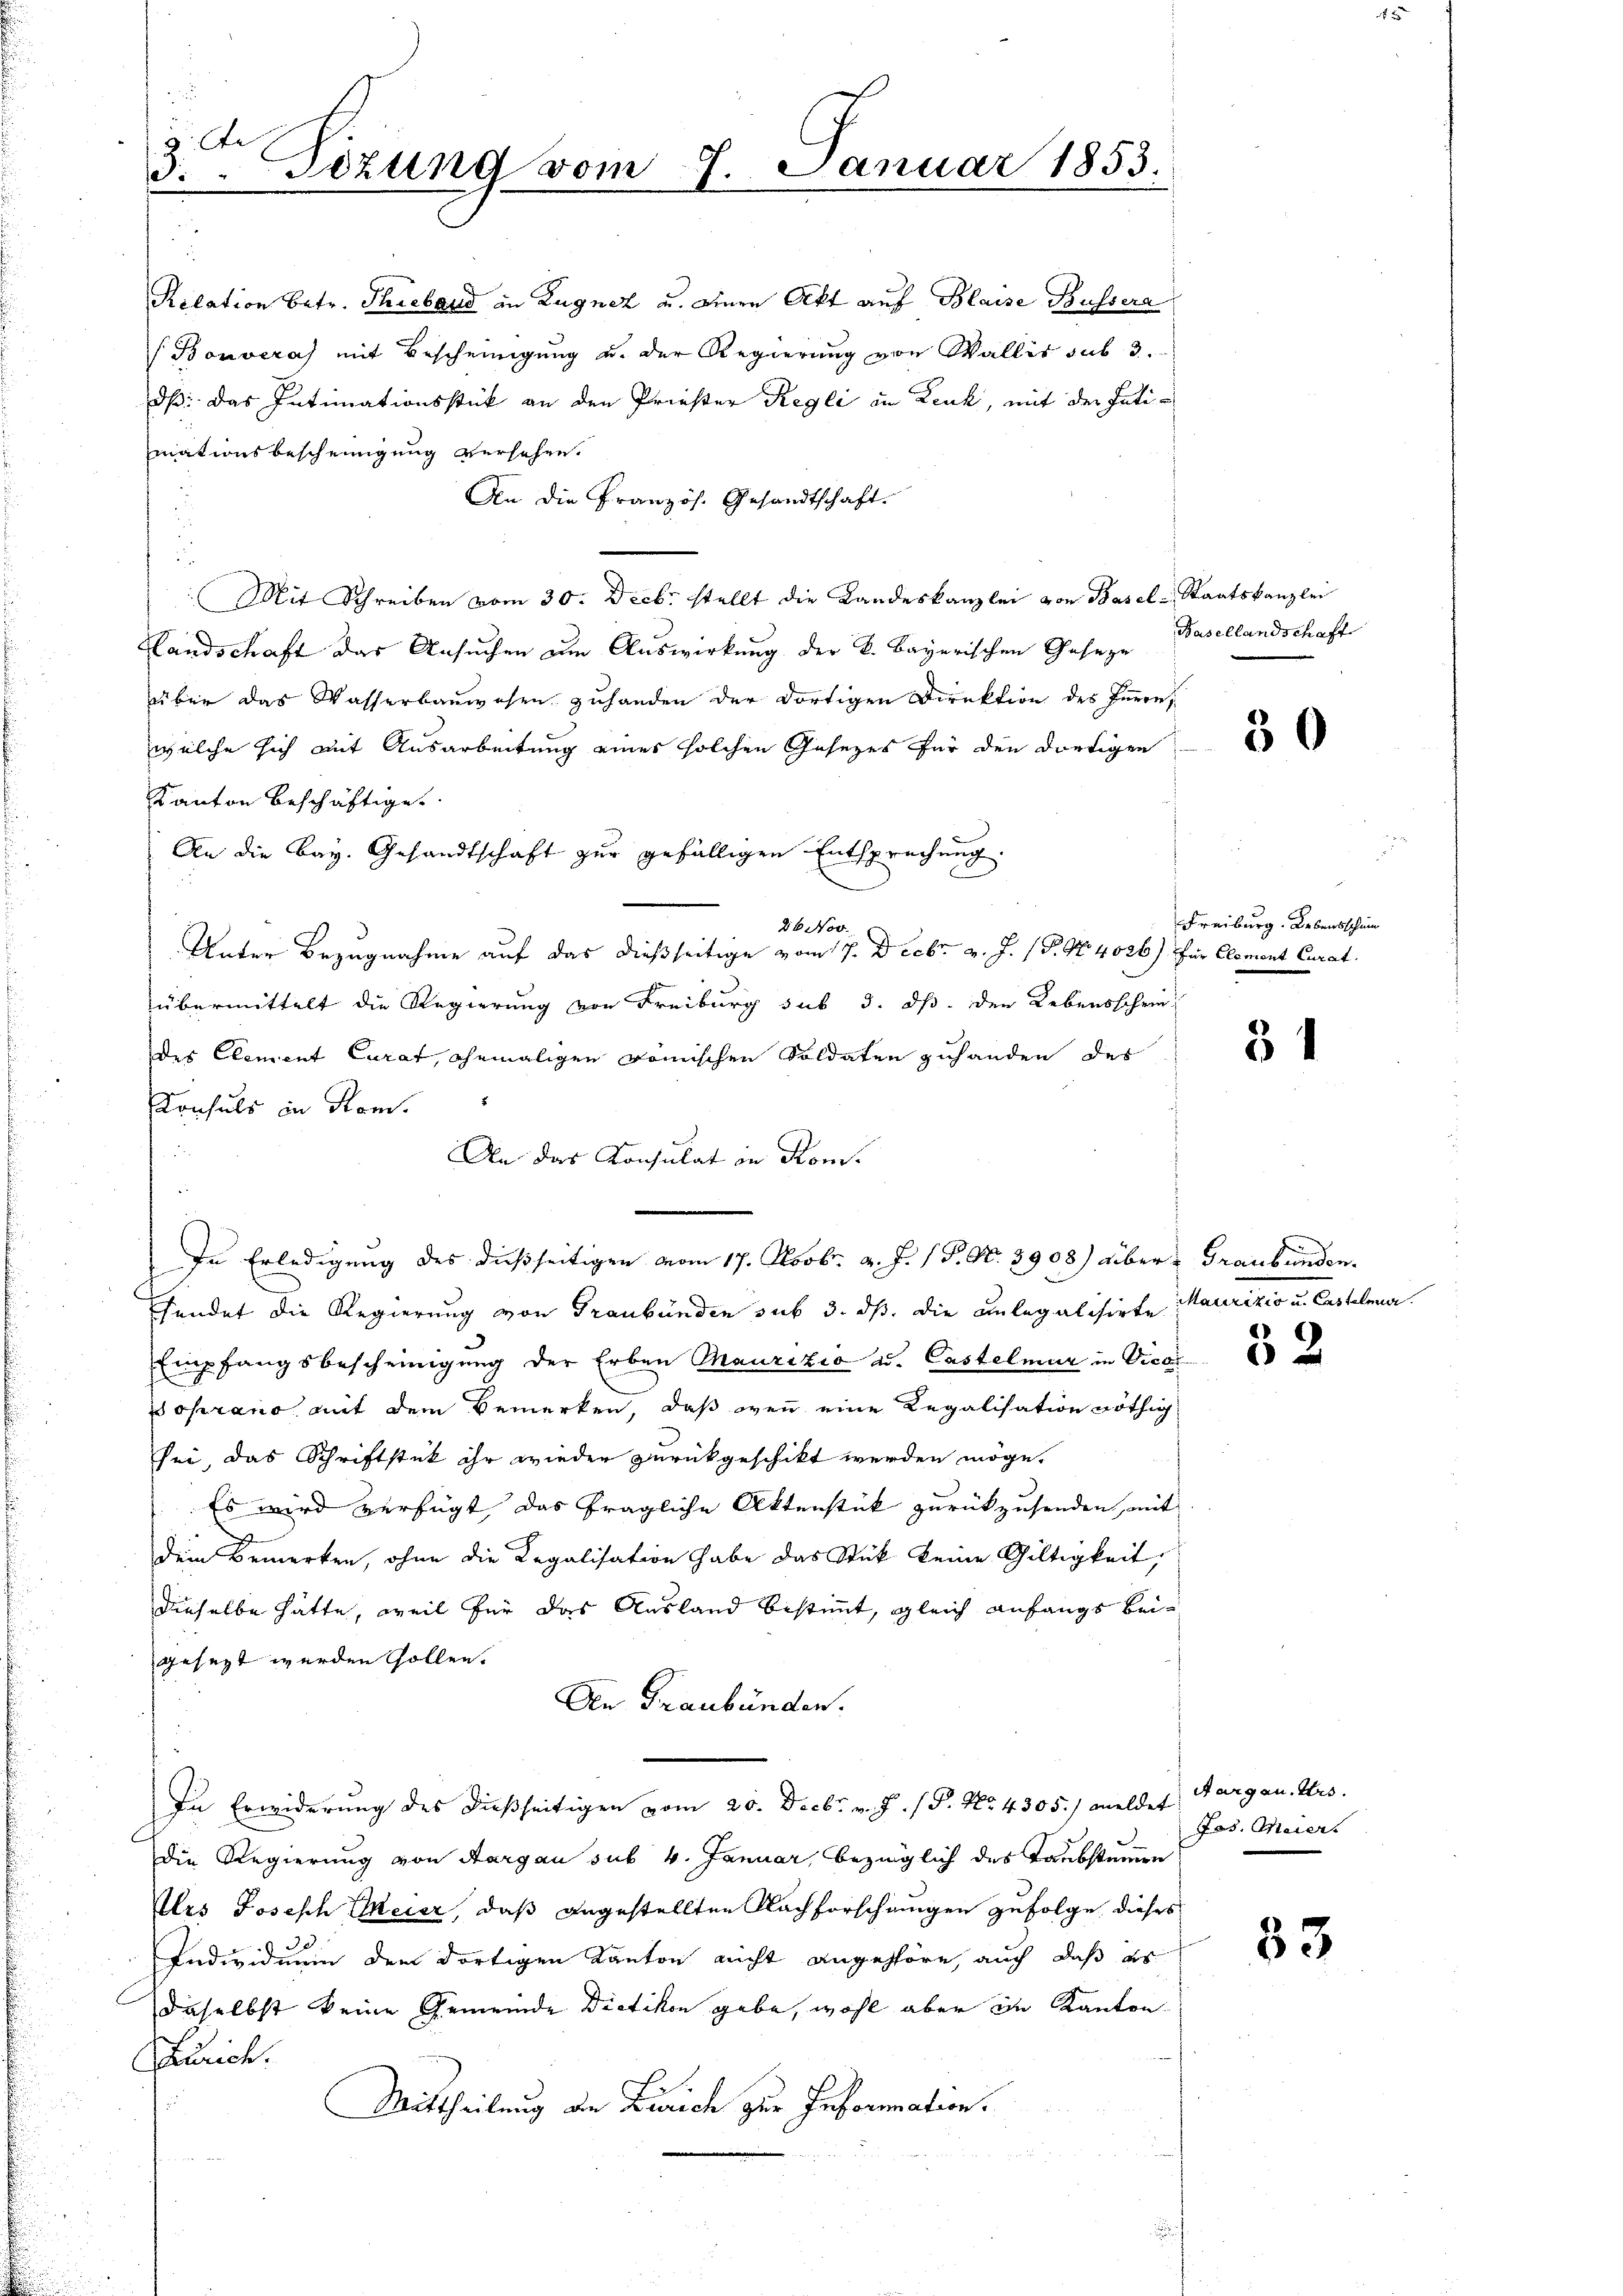
2. Se
d.. Tezung vom 9. Januar 1853.

Relation betr. Threband an Zugnez u. einen Akt auf Blaise Bussera
(Bonvera mit Bescheinigung u. der Regierung von Wallis sub 3.
dß das Intimationsstück an den Priester Regli in Leuk, mit der Intimationsbescheinigung versehen.
An die Französ. Gesandtschaft.
Mit Schreiben vom 30. Decbr. stellt die Landeskanzlei von Basel-Staatskanzlei
Landschaft das Ansuchen zum Auswirkung der k. Bayerischen Geseze Basellandschaft
über das Wasserbaŭwesen zuhanden der dortigen Direktion des Enern,
welche sich mit Ausarbeitung eines solchen Gesezes für den dortigen
Kanton beschäftige.
An die Bay. Gesandtschaft zur gefälligen Entsprechung.
26 Nov.
Unter Bezugnahme auf das dießseitige vom 17. Decbr. v. J. (T. No. 4026) für Element Curat
übermittelt die Regierung von Freiburg sub 3. ds. den Lebensschriedes Element Curat, ehemaligen komischen Soldaten zuhanden der
Konsuls in Kom
An das Konsulat in Rom.
In Erledigung des dießseitigen vom 17. Novbr. v. J. P. Nr. 3908) über Graubünden.
Esendet die Regierung von Graubünden sub 3. ds. die anlegalisirte
Empfangsbescheinigung der Erben Maurizio ad. Castelmar in Vicar
poprano, mit dem Bemerken, daß wenn eine Regalisation nöthig
sei, das Schriftstück ihr wieder zurückgeschikt werden möge.
Es wird verfügt, das fragliche Aktenstück zurückzusenden, mit
Dein Bemerken, ohne die Legalisation habe das Stück keine Gültigkeit,
dieselbe hätte, weil für das Ausland bestimmt, gleich anfangs beigesezt werden sollen.
An Graubünden.
In Erwiderung des dießseitigen vom 20. Decbr. v. J. P. No. 4305) meldet
Die Regierung von Aargau sub 4. Januar, bezüglich des Taubstummen
Urs Joseph Meier, daß angestellten Nachforschungen zufolge dieses
0
.
Individuum dem dortigen Kanton nicht angehöre, auch daß es
daselbst keine Gemeinde Dietikon gebe, wohl aber in Kanton
aurich.
Mittheilung an Zürich zur Information.

30

Freiburg. Lebensschum

31

Materizio u. Erstelmer.

52

Aargau. Urs
Jos. Meier.

83